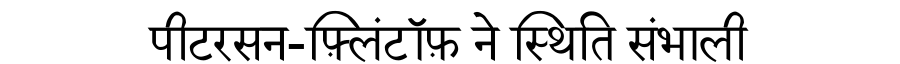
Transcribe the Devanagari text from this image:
पीटरसन-फ़्लिंटॉफ़ ने स्थिति संभाली